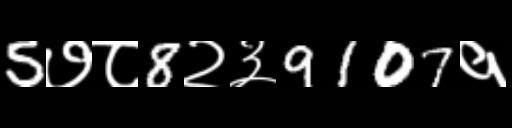
Text: 5७८8२३9107१